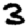
Digit: 3